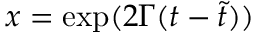
x = \mathrm { e x p } ( 2 \Gamma ( t - \tilde { t } ) )